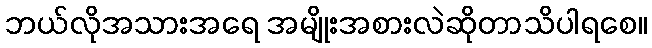
ဘယ်လိုအသားအရေ အမျိုးအစားလဲဆိုတာသိပါရစေ။